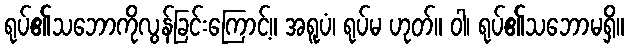
ရုပ်၏သဘောကိုလွန်ခြင်းကြောင့်။ အရူပံ၊ ရုပ်မ ဟုတ်။ ဝါ၊ ရုပ်၏သဘောမရှိ။